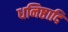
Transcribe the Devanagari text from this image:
धनिष्ठादि